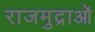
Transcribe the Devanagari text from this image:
राजमुद्राओं